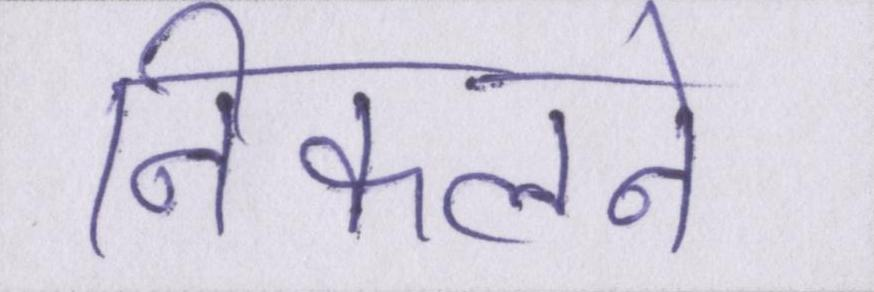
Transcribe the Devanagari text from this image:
निकलने